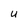
Character: U